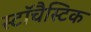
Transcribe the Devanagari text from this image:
स्टॉचैस्टिक